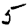
Digit: 5